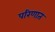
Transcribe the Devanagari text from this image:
परिणात